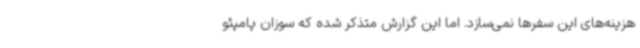
هزینه‌های این سفرها نمی‌سازد. اما این گزارش متذکر شده که سوزان پامپئو